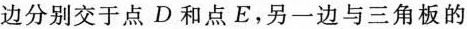
边分别交于点D和点E，另一边与三角板的